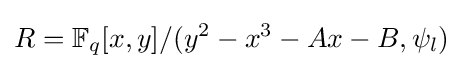
R=\mathbb {F} _{q}[x,y]/(y^{2}-x^{3}-Ax-B,\psi _{l})